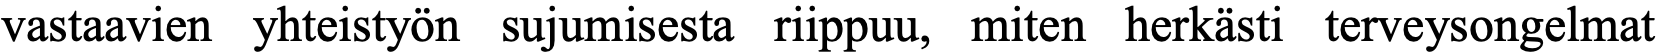
vastaavien yhteistyön sujumisesta riippuu, miten herkästi terveysongelmat